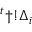
{ ^ t \dag ! \Delta _ { i } }